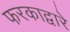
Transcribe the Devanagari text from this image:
फरकाद्वारे